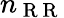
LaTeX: n_{\mathrm{~R~R~}}